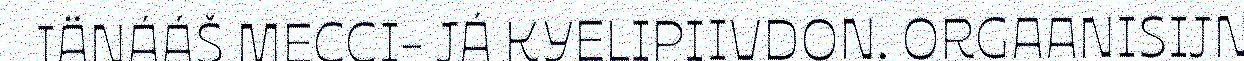
IÄNÁÁŠ MECCI- JÁ KYELIPIIVDON. ORGAANISIJN